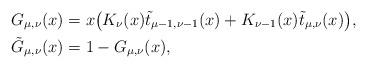
LaTeX: \begin{align*}G_{\mu,\nu}(x)&=x\big(K_{\nu}( x)\tilde{t}_{\mu-1,\nu-1}( x)+K_{\nu-1}( x)\tilde{t}_{\mu,\nu}( x)\big),\\\tilde{G}_{\mu,\nu}(x)&=1-G_{\mu,\nu}(x),\end{align*}